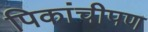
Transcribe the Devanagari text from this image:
पिकांचीपण